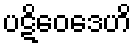
ပဋိဝေဒေဟိ